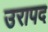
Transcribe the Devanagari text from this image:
उरापद